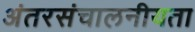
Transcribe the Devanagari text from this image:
अंतरसंचालनीयता